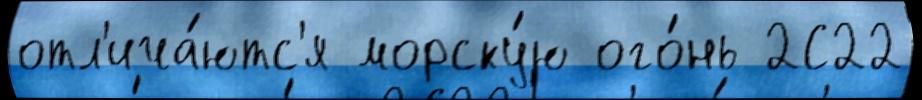
отл'ича́ютс'я морску́ю ого́нь 2С22